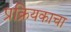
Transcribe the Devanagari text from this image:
प्रक्रियकाचा